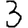
Digit: 3